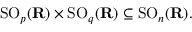
\operatorname { S O } _ { p } ( \mathbf { R } ) \times \operatorname { S O } _ { q } ( \mathbf { R } ) \subseteq \operatorname { S O } _ { n } ( \mathbf { R } ) .